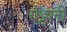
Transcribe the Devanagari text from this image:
ऐट्टली